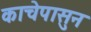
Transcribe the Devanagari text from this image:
काचेपासुन